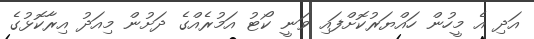
އަދި އެ މީހުން ހައްޔަރުކޮށްފައި ވަނީ ކޯޓު އަމުރެއްގެ ދަށުން މިއަދު އިރާކޮޅުގެ